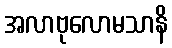
အလာဗုလောမသာနိ